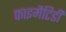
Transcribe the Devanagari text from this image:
फाइमैटिडी